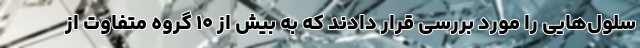
سلول‌هایی را مورد بررسی قرار دادند که به بیش از ۱۰ گروه متفاوت از